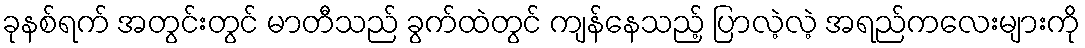
ခုနစ်ရက် အတွင်းတွင် မာတီသည် ခွက်ထဲတွင် ကျန်နေသည့် ပြာလဲ့လဲ့ အရည်ကလေးများကို